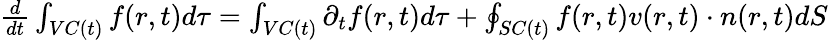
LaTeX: \begin{array}{r}{\frac{d}{dt}\int_{VC(t)}f(r,t)d\tau=\int_{VC(t)}\partial_{t}f(r,t)d\tau+\oint_{SC(t)}f(r,t)v(r,t)\cdot n(r,t)dS}\end{array}